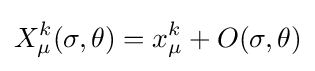
X_{\mu }^{k}(\sigma ,\theta )=x_{\mu }^{k}+O(\sigma ,\theta )